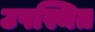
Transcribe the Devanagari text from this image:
उपस्थित